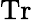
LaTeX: \mathrm{Tr}